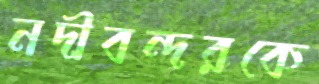
নদীবন্দরকে